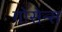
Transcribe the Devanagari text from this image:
गोसेन्स